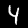
Digit: 4